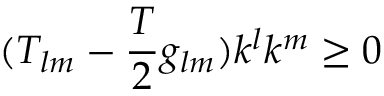
( T _ { l m } - \frac { T } { 2 } g _ { l m } ) k ^ { l } k ^ { m } \geq 0